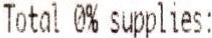
TOTAL 0% SUPPLIES: